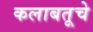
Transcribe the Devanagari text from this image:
कलाबतूचे